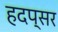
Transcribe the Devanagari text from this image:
हदप्सर